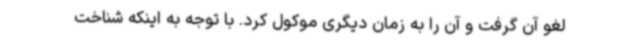
لغو آن گرفت و آن را به زمان دیگری موکول کرد. با توجه به اینکه شناخت